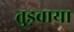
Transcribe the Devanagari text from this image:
तुड़वाया